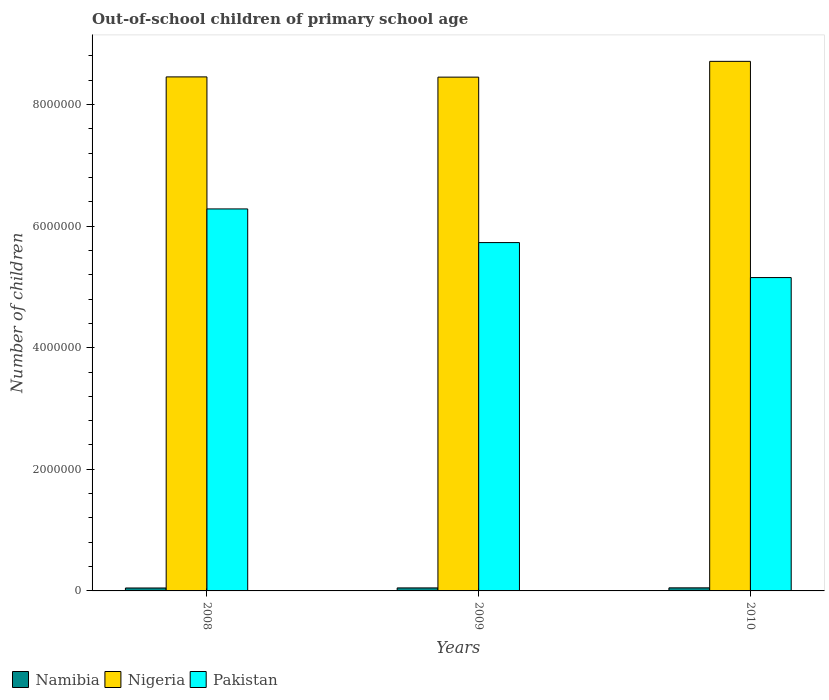
| Years | Namibia | Nigeria | Pakistan |
 | --- | --- | --- | --- |
 | 2008 | 4.82e+04 | 8.45e+06 | 6.28e+06 |
 | 2009 | 4.95e+04 | 8.45e+06 | 5.73e+06 |
 | 2010 | 5.06e+04 | 8.71e+06 | 5.15e+06 |